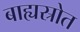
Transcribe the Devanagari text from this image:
बाह्यस्रोत